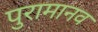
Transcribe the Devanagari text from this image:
पुरामानव